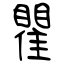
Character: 瞿